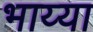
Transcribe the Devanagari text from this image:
भाय्या